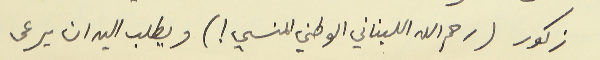
زكور (رحم الله اللبناني الوطني المنسي!) ويطلب اليه ان يرعى